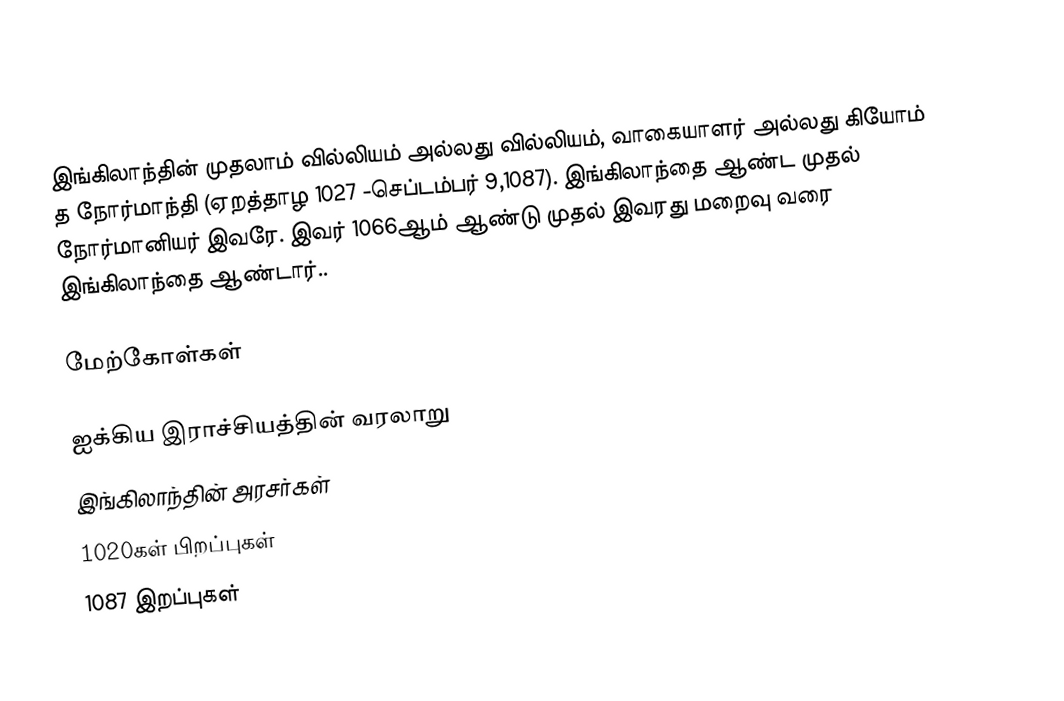
இங்கிலாந்தின் முதலாம் வில்லியம்  அல்லது வில்லியம், வாகையாளர் அல்லது கியோம் த நோர்மாந்தி (ஏறத்தாழ 1027 -செப்டம்பர் 9,1087). இங்கிலாந்தை ஆண்ட முதல் நோர்மானியர் இவரே. இவர் 1066ஆம் ஆண்டு முதல் இவரது மறைவு வரை இங்கிலாந்தை ஆண்டார்..

மேற்கோள்கள்

ஐக்கிய இராச்சியத்தின் வரலாறு
இங்கிலாந்தின் அரசர்கள்
1020கள் பிறப்புகள்
1087 இறப்புகள்